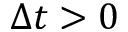
\Delta t > 0